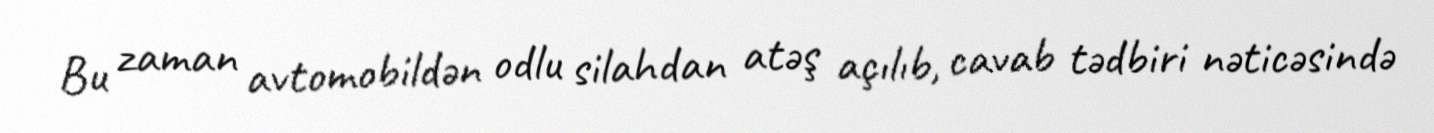
Bu zaman avtomobildən odlu silahdan atəş açılıb, cavab tədbiri nəticəsində